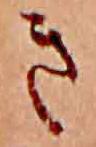
き